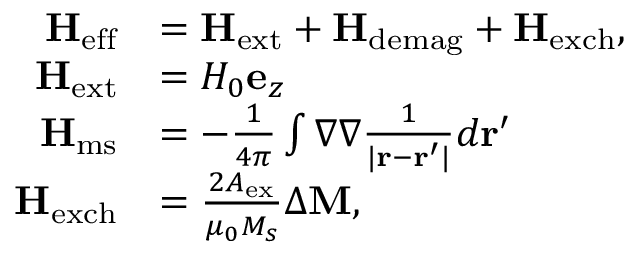
\begin{array} { r l } { \mathbf { H } _ { \mathrm { e f f } } } & { = \mathbf { H } _ { \mathrm { e x t } } + \mathbf { H } _ { \mathrm { d e m a g } } + \mathbf { H } _ { \mathrm { e x c h } } , } \\ { \mathbf { H } _ { \mathrm { e x t } } } & { = H _ { 0 } \mathbf { e } _ { z } } \\ { \mathbf { H } _ { \mathrm { m s } } } & { = - \frac { 1 } { 4 \pi } \int \nabla \nabla \frac { 1 } { \lvert \mathbf { r } - \mathbf { r } ^ { \prime } \rvert } d \mathbf { r } ^ { \prime } } \\ { \mathbf { H } _ { \mathrm { e x c h } } } & { = \frac { 2 A _ { \mathrm { e x } } } { \mu _ { 0 } M _ { s } } \Delta \mathbf { M } , } \end{array}